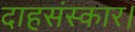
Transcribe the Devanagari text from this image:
दाहसंस्कार।